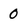
Character: 0